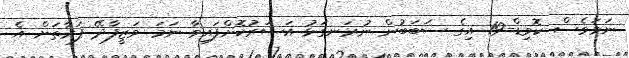
ނަމަވެސް ކޮވިޑް-19 އިގެ ސަބަބުން ނުރަނގަޅު އަސަރުކޮށްފައިވާ ނަމަ ވަޒީފާދޭ ފަރާތަށް އެ